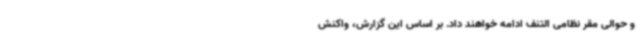
و حوالی مقر نظامی التنف ادامه خواهند داد. بر اساس این گزارش، واکنش